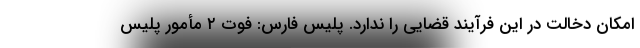
امکان دخالت در این فرآیند قضایی را ندارد. پلیس فارس: فوت ۲ مأمور پلیس